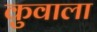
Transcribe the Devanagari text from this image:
कुवाला